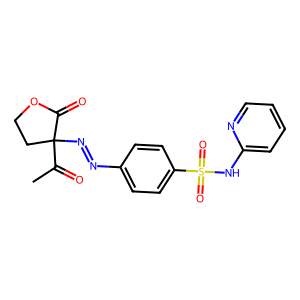
SMILES: CC(=O)C1(N=Nc2ccc(S(=O)(=O)Nc3ccccn3)cc2)CCOC1=O
Inhibits HIV replication: No